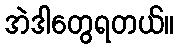
အဲဒါတွေရတယ်။